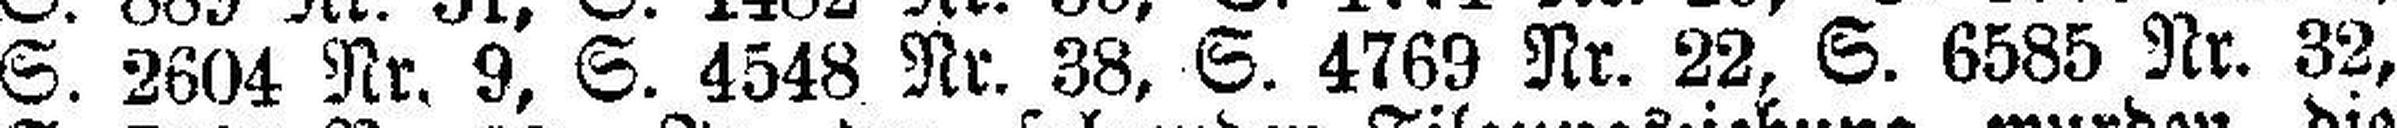
S. 2604 Nr. 9, S. 4548 Nr. 38. S. 4769 Nr. 22, S. 6585 Nr. 32,